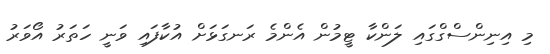
މި އިނިންސްގްގައި ލަންކާ ޓީމުން އެންމެ ރަނގަޅަށް އުކާފައި ވަނީ ހަތަރު އޯވަރު